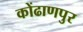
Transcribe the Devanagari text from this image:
कोंढाणपुर